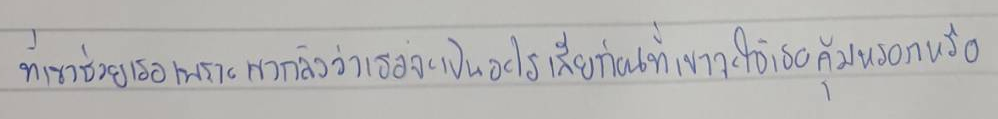
ที่เขาช่วยเธอเพราะเขากลัวว่าเธอจะเป็นอะไรไปเสียก่อนที่เขาจะใช้เธอคุ้มหรอกหรือ